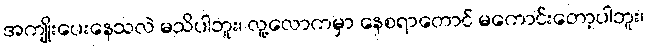
အကျိုးပေးနေသလဲ မသိပါဘူး၊ လူ့လောကမှာ နေစရာတောင် မကောင်းတော့ပါဘူး၊